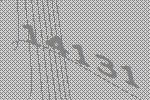
14131